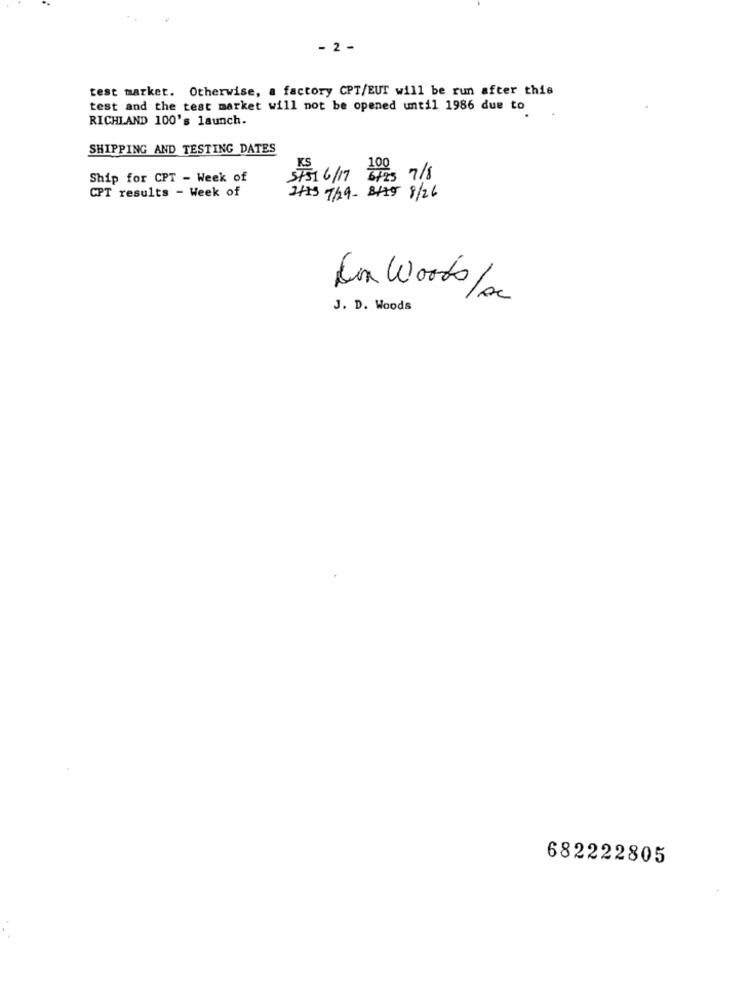
- 2 -
test market. Otherwise, a factory CPT/EUT will be run after this
test and the test market will not be opened until 1986 due to
RICHLAND 100's launch.
SHIPPING AND TESTING DATES
Ship for CPT - Week of
第16/17 GES 7/8
CPT results - Week of
2+25 7/29- 8479 8/26
Jon Woods/Ac
J. D. Woods
682222805